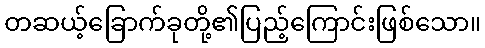
တဆယ့်ခြောက်ခုတို့၏ပြည့်ကြောင်းဖြစ်သော။